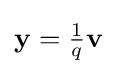
\mathbf {y} =\textstyle {\frac {1}{q}}\mathbf {v}